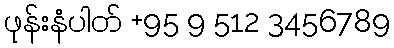
ဖုန်းနံပါတ် +95 9 512 3456789